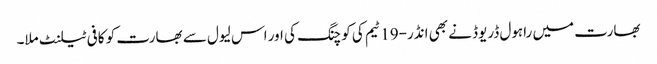
بھارت میں راہول ڈریوڈ نے بھی انڈر-19 ٹیم کی کوچنگ کی اور اس لیول سے بھارت کو کافی ٹیلنٹ ملا۔